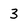
Character: 3